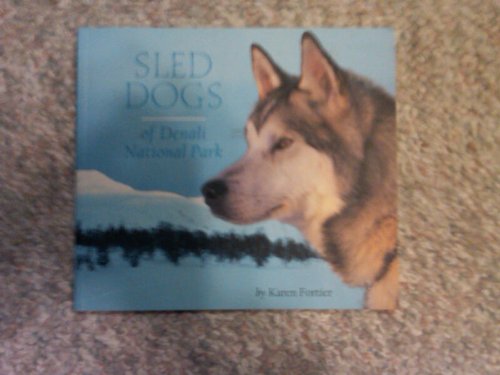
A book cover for Sled Dogs of Denali; Karen Fortier; Sports & Outdoors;